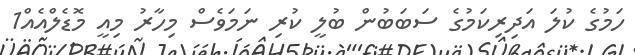
ހަމުގެ ކުލަ އަދިރިކަމުގެ ސަބަބުން ބުލީ ކުރި ނަމަވެސް މިހާރު މިއީ މޮޑެލްއެއް1